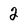
Character: 2